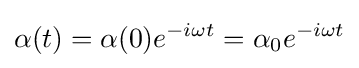
\alpha (t)=\alpha (0)e^{-i\omega t}=\alpha _{0}e^{-i\omega t}